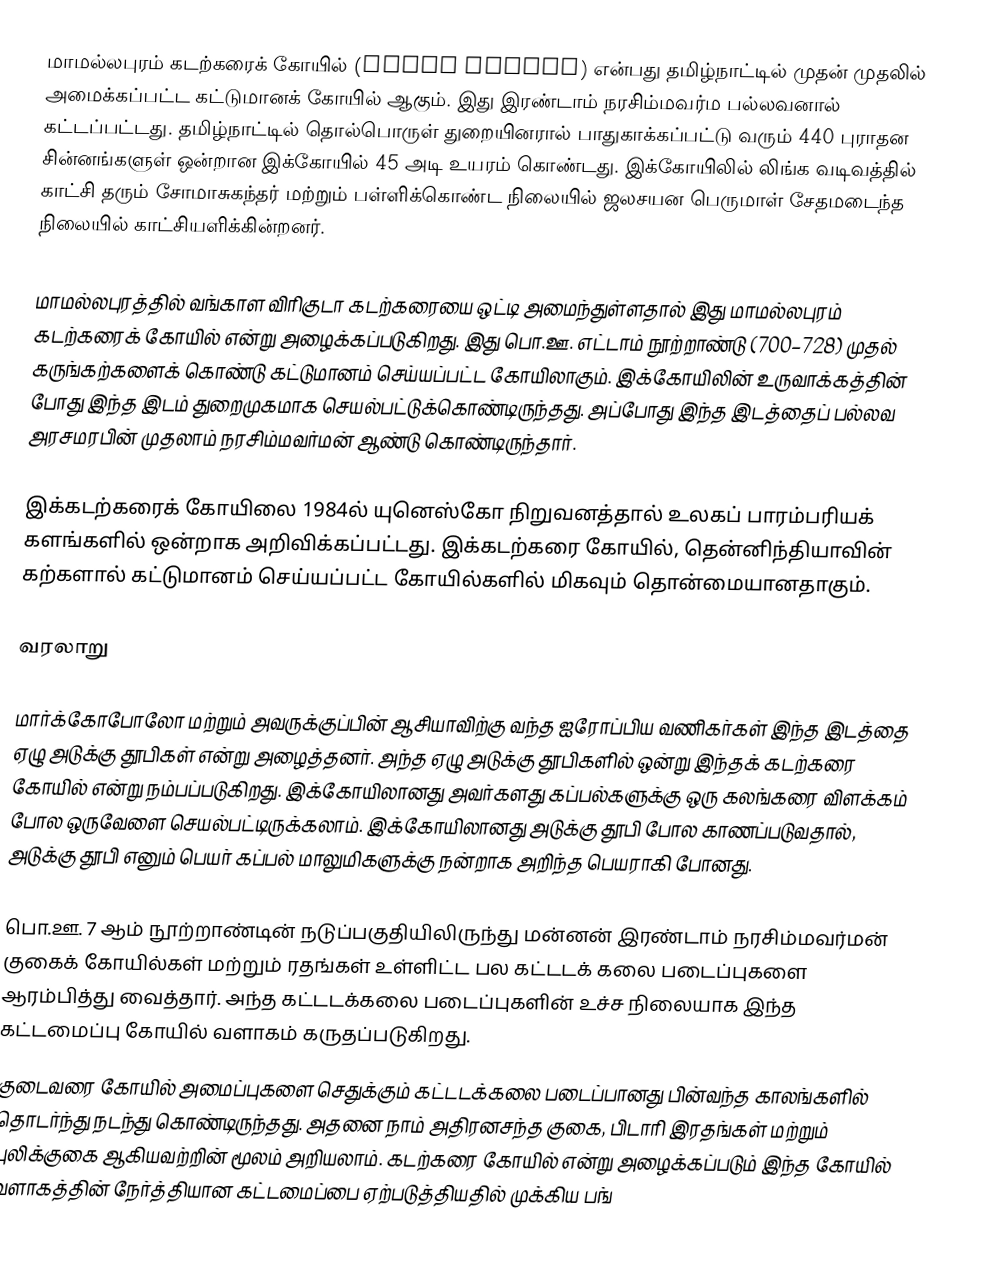
மாமல்லபுரம் கடற்கரைக் கோயில் (Shore Temple) என்பது தமிழ்நாட்டில் முதன் முதலில் அமைக்கப்பட்ட கட்டுமானக் கோயில் ஆகும். இது இரண்டாம் நரசிம்மவர்ம பல்லவனால் கட்டப்பட்டது. தமிழ்நாட்டில் தொல்பொருள் துறையினரால் பாதுகாக்கப்பட்டு வரும் 440 புராதன சின்னங்களுள் ஒன்றான இக்கோயில் 45 அடி உயரம் கொண்டது. இக்கோயிலில் லிங்க வடிவத்தில் காட்சி தரும் சோமாசுகந்தர் மற்றும் பள்ளிக்கொண்ட நிலையில் ஜலசயன பெருமாள் சேதமடைந்த நிலையில் காட்சியளிக்கின்றனர்.

மாமல்லபுரத்தில் வங்காள விரிகுடா கடற்கரையை ஒட்டி அமைந்துள்ளதால் இது மாமல்லபுரம் கடற்கரைக் கோயில் என்று அழைக்கப்படுகிறது. இது பொ.ஊ. எட்டாம் நூற்றாண்டு (700–728) முதல் கருங்கற்களைக் கொண்டு கட்டுமானம் செய்யப்பட்ட கோயிலாகும். இக்கோயிலின் உருவாக்கத்தின் போது இந்த இடம் துறைமுகமாக செயல்பட்டுக்கொண்டிருந்தது. அப்போது இந்த இடத்தைப் பல்லவ அரசமரபின் முதலாம் நரசிம்மவர்மன் ஆண்டு கொண்டிருந்தார்.

இக்கடற்கரைக் கோயிலை 1984ல் யுனெஸ்கோ நிறுவனத்தால் உலகப் பாரம்பரியக் களங்களில் ஒன்றாக அறிவிக்கப்பட்டது. இக்கடற்கரை கோயில், தென்னிந்தியாவின் கற்களால் கட்டுமானம் செய்யப்பட்ட கோயில்களில் மிகவும் தொன்மையானதாகும்.

வரலாறு

மார்க்கோபோலோ மற்றும் அவருக்குப்பின் ஆசியாவிற்கு வந்த ஐரோப்பிய வணிகர்கள் இந்த இடத்தை ஏழு அடுக்கு தூபிகள் என்று அழைத்தனர். அந்த ஏழு அடுக்கு தூபிகளில் ஒன்று இந்தக் கடற்கரை கோயில் என்று நம்பப்படுகிறது. இக்கோயிலானது அவர்களது கப்பல்களுக்கு ஒரு கலங்கரை விளக்கம் போல ஒருவேளை செயல்பட்டிருக்கலாம். இக்கோயிலானது அடுக்கு தூபி போல காணப்படுவதால், அடுக்கு தூபி எனும் பெயர் கப்பல் மாலுமிகளுக்கு நன்றாக அறிந்த பெயராகி போனது.

பொ.ஊ. 7 ஆம் நூற்றாண்டின் நடுப்பகுதியிலிருந்து மன்னன் இரண்டாம் நரசிம்மவர்மன் குகைக் கோயில்கள் மற்றும் ரதங்கள் உள்ளிட்ட பல கட்டடக் கலை படைப்புகளை ஆரம்பித்து வைத்தார். அந்த கட்டடக்கலை படைப்புகளின் உச்ச நிலையாக இந்த கட்டமைப்பு கோயில் வளாகம் கருதப்படுகிறது.
குடைவரை கோயில் அமைப்புகளை செதுக்கும் கட்டடக்கலை படைப்பானது பின்வந்த காலங்களில் தொடர்ந்து நடந்து கொண்டிருந்தது. அதனை நாம் அதிரனசந்த குகை, பிடாரி இரதங்கள் மற்றும் புலிக்குகை ஆகியவற்றின் மூலம் அறியலாம். கடற்கரை கோயில் என்று அழைக்கப்படும் இந்த கோயில் வளாகத்தின் நேர்த்தியான கட்டமைப்பை ஏற்படுத்தியதில் முக்கிய பங்